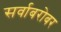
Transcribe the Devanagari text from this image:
सर्वाबरोबर